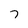
Character: 7